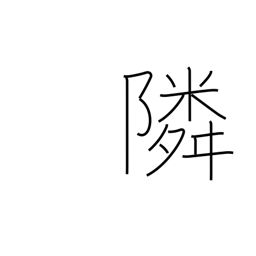
Meaning: neighboring